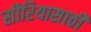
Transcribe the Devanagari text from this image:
सीरियासाठी